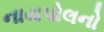
નાયપોલનો